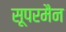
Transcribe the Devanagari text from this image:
सूपरमैन